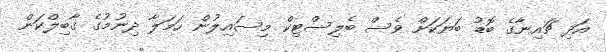
އަދި ޗައިނާގެ ބޮޑު ބަޔަކަށް ވެސް ބެލިސްޓިކް މިސައިލުން ހަމަލާ ދިނުމުގެ ގާބިލްކަން